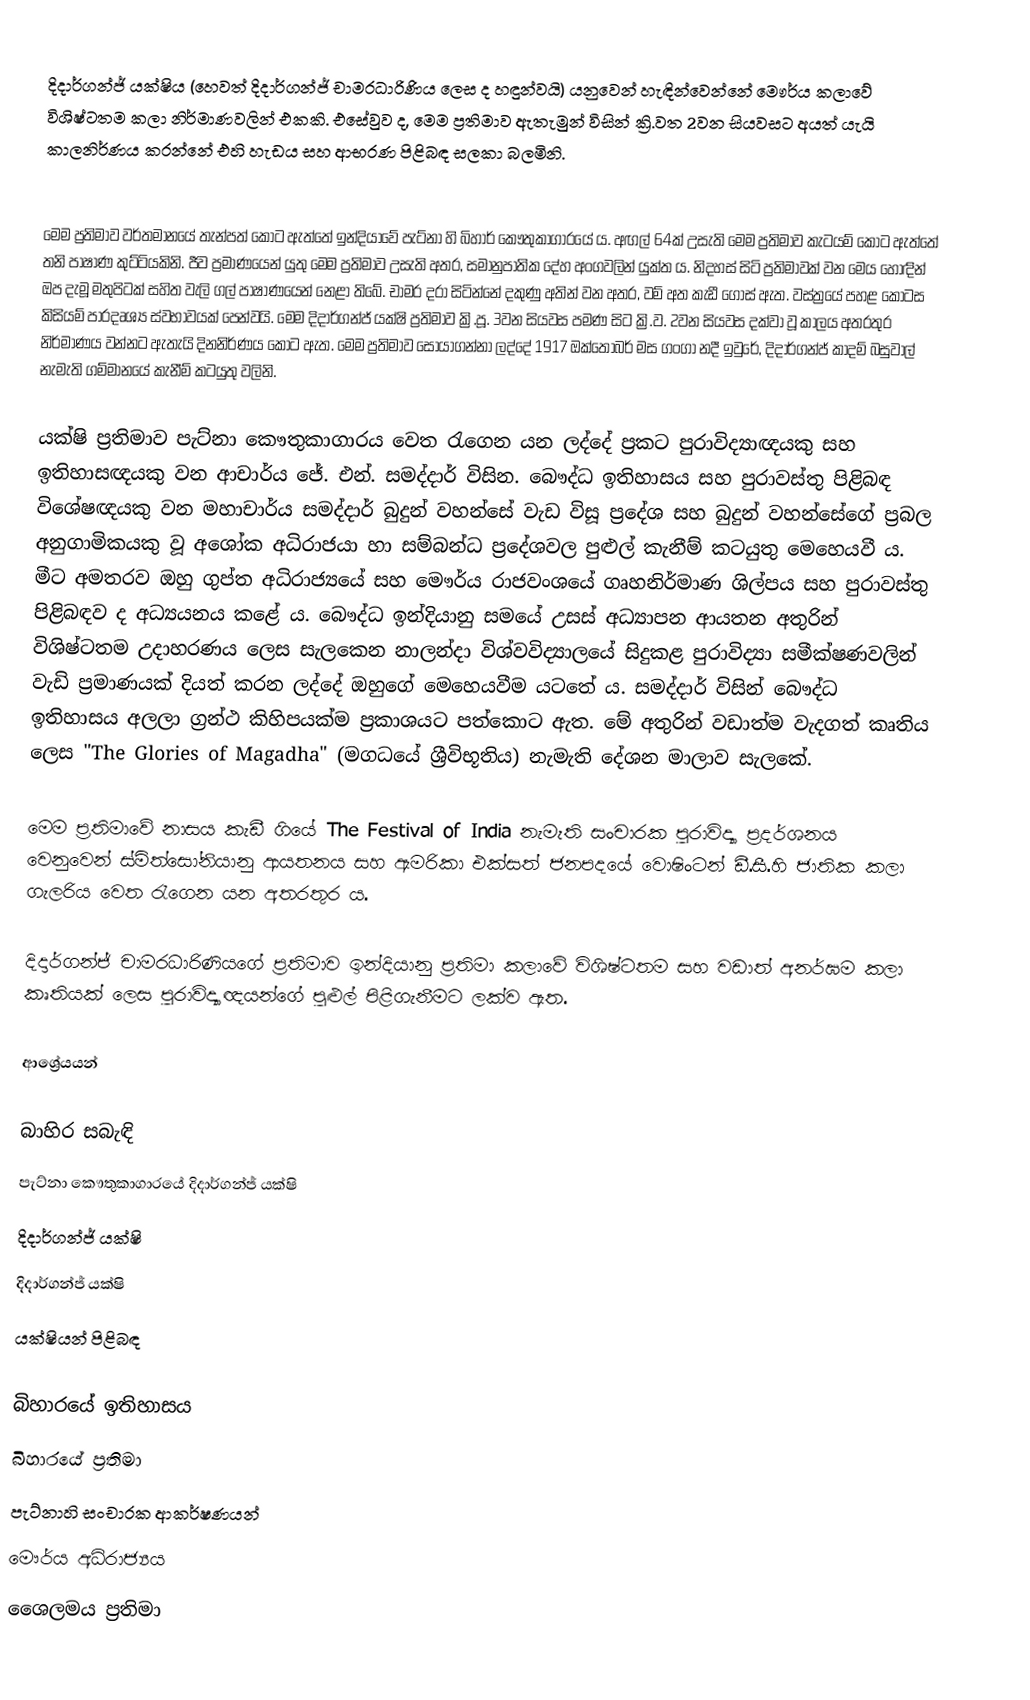
දිදාර්ගන්ජ් යක්ෂිය (හෙවත් දිදාර්ගන්ජ් චාමරධාරිණිය ලෙස ද හඳුන්වයි) යනුවෙන් හැඳින්වෙන්නේ මෞර්ය කලාවේ විශිෂ්ටතම කලා නිර්මාණවලින් එකකි. එසේවුව ද, මෙම ප්‍රතිමාව ඇතැමුන් විසින් ක්‍රි.වත 2වන සියවසට අයත් යැයි කාලනිර්ණය කරන්නේ එහි හැඩය සහ ආභරණ පිළිබඳ සලකා බලමිනි.

මෙම ප්‍රතිමාව වර්තමානයේ තැන්පත් කොට ඇත්තේ ඉන්දියාවේ පැට්නා හි බිහාර් කෞතුකාගාරයේ ය. අඟල් 64ක් උසැති මෙම ප්‍රතිමාව කැටයම් කොට ඇත්තේ තනි පාෂාණ කුට්ටියකිනි. ජීව ප්‍රමාණයෙන් යුතු මෙම ප්‍රතිමාව උසැති අතර, සමානුපාතික දේහ අංගවලින් යුක්ත ය. නිදහස් සිටි ප්‍රතිමාවක් වන මෙය හොඳින් ඔප දැමූ මතුපිටක් සහිත වැලි ගල් පාෂාණයෙන් නෙළා තිබේ. චාමර දරා සිටින්නේ දකුණු අතින් වන අතර, වම් අත කැඩී ගොස් ඇත. වස්ත්‍රයේ පහළ කොටස කිසියම් පාරදෘශ්‍ය ස්වභාවයක් පෙන්වයි. මෙම දිදාර්ගන්ජ් යක්ෂි ප්‍රතිමාව ක්‍රි.පූ. 3වන සියවස පමණ සිට ක්‍රි.ව. 2වන සියවස දක්වා වූ කාලය අතරතුර නිර්මාණය වන්නට ඇතැයි දිනනිර්ණය කොට ඇත. මෙම ප්‍රතිමාව සොයාගන්නා ලද්දේ 1917 ඔක්තෝබර් මස ගංගා නදී ඉවුරේ, දිදාර්ගන්ජ් කාදම් බසුවාල් නැමැති ගම්මානයේ කැනීම් කටයුතු වලිනි.

යක්ෂි ප්‍රතිමාව පැට්නා කෞතුකාගාරය වෙත රැගෙන යන ලද්දේ ප්‍රකට පුරාවිද්‍යාඥයකු සහ ඉතිහාසඥයකු වන ආචාර්ය ජේ. එන්. සමද්දාර් විසින. බෞද්ධ ඉතිහාසය සහ පුරාවස්තු පිළිබඳ විශේෂඥයකු වන මහාචාර්ය සමද්දාර් බුදුන් වහන්සේ වැඩ විසූ ප්‍රදේශ සහ බුදුන් වහන්සේගේ ප්‍රබල අනුගාමිකයකු වූ අශෝක අධිරාජයා හා සම්බන්ධ ප්‍රදේශවල පුළුල් කැනීම් කටයුතු මෙහෙයවී ය. මීට අමතරව ඔහු ගුප්ත අධිරාජ්‍යයේ සහ මෞර්ය රාජවංශයේ ගෘහනිර්මාණ ශිල්පය සහ පුරාවස්තු පිළිබඳව ද අධ්‍යයනය කළේ ය. බෞද්ධ ඉන්දියානු සමයේ උසස් අධ්‍යාපන ආයතන අතුරින් විශිෂ්ටතම උදාහරණය ලෙස සැලකෙන නාලන්දා විශ්වවිද්‍යාලයේ සිදුකළ පුරාවිද්‍යා සමීක්ෂණවලින් වැඩි ප්‍රමාණයක් දියත් කරන ලද්දේ ඔහුගේ මෙහෙයවීම යටතේ ය. සමද්දාර් විසින් බෞද්ධ ඉතිහාසය අලලා ග්‍රන්ථ කිහිපයක්ම ප්‍රකාශයට පත්කොට ඇත. මේ අතුරින් වඩාත්ම වැදගත් කෘතිය ලෙස "The Glories of Magadha" (මගධයේ ශ්‍රීවිභූතිය) නැමැති දේශන මාලාව සැලකේ.

මෙම ප්‍රතිමාවේ නාසය කැඩී ගියේ The Festival of India නැමැති සංචාරක පුරාවිද්‍යා ප්‍රදර්ශනය වෙනුවෙන් ස්මිත්සෝනියානු ආයතනය සහ ඇමරිකා එක්සත් ජනපදයේ වොෂිංටන් ඩී.සී.හි ජාතික කලා ගැලරිය වෙත රැගෙන යන අතරතුර ය.

දිදාර්ගන්ජ් චාමරධාරිණියගේ ප්‍රතිමාව ඉන්දියානු ප්‍රතිමා කලාවේ විශිෂ්ටතම සහ වඩාත් අනර්ඝම කලා කෘතියක් ලෙස පුරාවිද්‍යාඥයන්ගේ පුළුල් පිළිගැනීමට ලක්ව ඇත.

ආශ්‍රේයයන්

බාහිර සබැඳි
 පැට්නා කෞතුකාගාරයේ දිදාර්ගන්ජ් යක්ෂි
 දිදාර්ගන්ජ් යක්ෂි
 දිදාර්ගන්ජ් යක්ෂි
 යක්ෂියන් පිළිබඳ

බිහාරයේ ඉතිහාසය
බිහාරයේ ප්‍රතිමා
පැට්නාහි සංචාරක ආකර්ෂණයන්
මෞර්ය අධිරාජ්‍යය
ශෛලමය ප්‍රතිමා